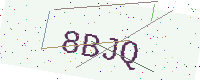
Text: 8BJQ